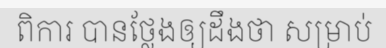
ពិការ បានថ្លែងឲ្យដឹងថា សម្រាប់